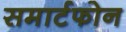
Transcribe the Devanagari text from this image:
समार्टफोन